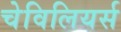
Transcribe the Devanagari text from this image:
चेविलियर्स